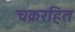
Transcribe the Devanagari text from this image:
चक्ररहित